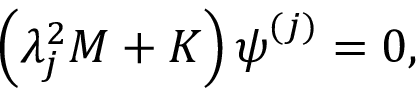
\left( \lambda _ { j } ^ { 2 } \boldsymbol { M } + \boldsymbol { K } \right) \boldsymbol { \psi } ^ { ( j ) } = \boldsymbol { 0 } ,